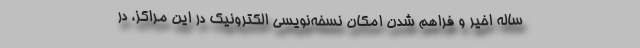
ساله اخیر و فراهم شدن امکان نسخه‌نویسی الکترونیک در این مراکز، در